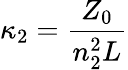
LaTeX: \kappa_{2}=\frac{Z_{0}}{n_{2}^{2}L}